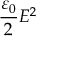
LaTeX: { \frac { \varepsilon _ { 0 } } { 2 } } E ^ { 2 }